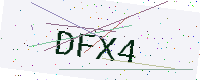
Text: DFX4